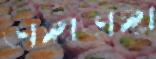
ভাঙ্গাভাঙ্গা